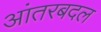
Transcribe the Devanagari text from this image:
आंतरबदल